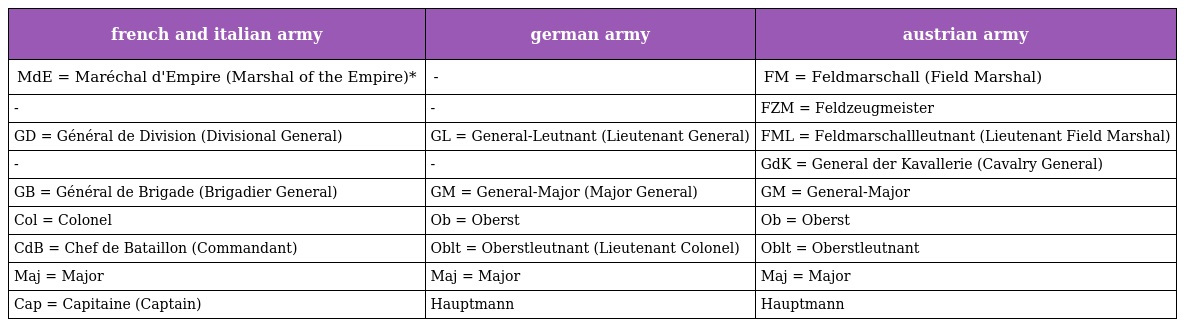
| french and italian army | german army | austrian army |
 | --- | --- | --- |
 | MdE = Maréchal d'Empire (Marshal of the Empire)* | - | FM = Feldmarschall (Field Marshal) |
 | - | - | FZM = Feldzeugmeister |
 | GD = Général de Division (Divisional General) | GL = General-Leutnant (Lieutenant General) | FML = Feldmarschallleutnant (Lieutenant Field Marshal) |
 | - | - | GdK = General der Kavallerie (Cavalry General) |
 | GB = Général de Brigade (Brigadier General) | GM = General-Major (Major General) | GM = General-Major |
 | Col = Colonel | Ob = Oberst | Ob = Oberst |
 | CdB = Chef de Bataillon (Commandant) | Oblt = Oberstleutnant (Lieutenant Colonel) | Oblt = Oberstleutnant |
 | Maj = Major | Maj = Major | Maj = Major |
 | Cap = Capitaine (Captain) | Hauptmann | Hauptmann |